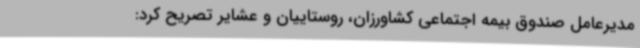
مدیرعامل صندوق بیمه اجتماعی کشاورزان، روستاییان و عشایر تصریح کرد: